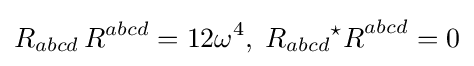
R_{abcd}\,R^{abcd}=12\omega ^{4},\;R_{abcd}{{}^{\star }R}^{abcd}=0